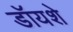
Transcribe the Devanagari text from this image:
डॉयशे